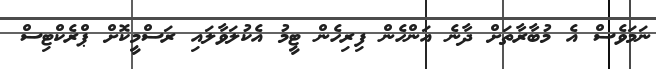
ނަމަވެސް އެ މުބާރާތަށް ދާނެ އަންހެން ފިރިހެން ޓީމު އެކުލަވާލައި ރަސްމީކޮށް ޕްރެކްޓިސް